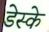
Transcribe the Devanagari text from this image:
डेस्के